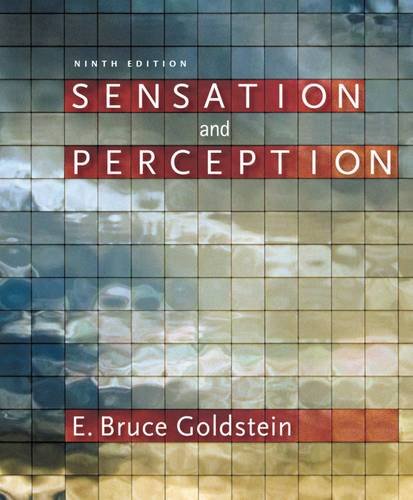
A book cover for Sensation and Perception (with CourseMate Printed Access Card); E. Bruce Goldstein; Medical Books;